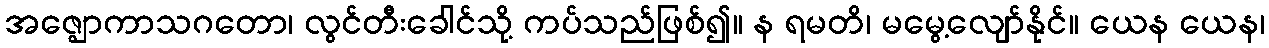
အဇ္ဈောကာသဂတော၊ လွင်တီးခေါင်သို့ ကပ်သည်ဖြစ်၍။ န ရမတိ၊ မမွေ့လျော်နိုင်။ ယေန ယေန၊